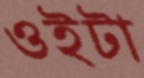
ওইটা